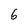
Character: 6